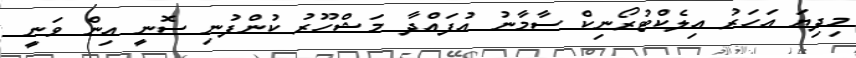
މިދިޔަ އަހަރު އިލެކްޓުރޯނިކް ސާމާނު އުފައްދާ މަޝްހޫރު ކުންފުނި ސޮނީ އިން ވަނީ